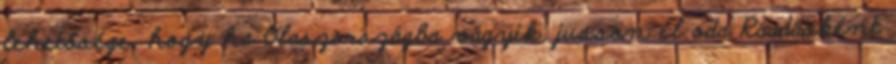
lehetősége, hogy ha Olaszországba vágyik, jusson el oda Ráadásként